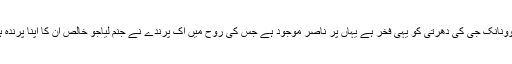
گروونانک جی کی دھرتی کو یہی فخر ہے یہاں پر ناصر موجود ہے جس کی روح میں اک پرندے نے جنم لیاجو خالص ان کا اپنا پرندہ ہے۔